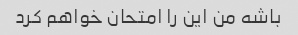
باشه من این را امتحان خواهم کرد